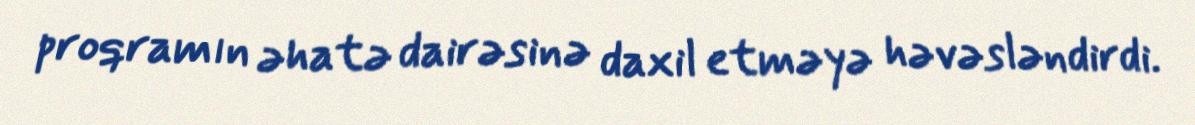
proqramın əhatə dairəsinə daxil etməyə həvəsləndirdi.